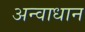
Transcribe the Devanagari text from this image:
अन्वाधान